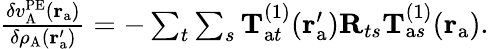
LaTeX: \begin{array}{r}{\frac{\delta v_{\mathrm{A}}^{\mathrm{PE}}(\mathbf{r}_{\mathrm{a}})}{\delta\rho_{\mathrm{A}}(\mathbf{r}_{\mathrm{a}}^{\prime})}=-\sum_{t}\sum_{s}\mathbf{T}_{\mathrm{a}t}^{(1)}(\mathbf{r}_{\mathrm{a}}^{\prime})\mathbf{R}_{ts}\mathbf{T}_{\mathrm{a}s}^{(1)}(\mathbf{r}_{\mathrm{a}}).}\end{array}